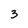
Character: 3